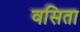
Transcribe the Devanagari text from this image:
वसिता